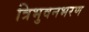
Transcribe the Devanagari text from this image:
त्रिभुवनभरण